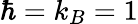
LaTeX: \hbar=k_{B}=1